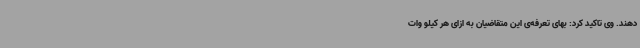
دهند. وی تاکید کرد: بهای تعرفه‌ی این متقاضیان به ازای هر کیلو وات